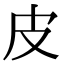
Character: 皮